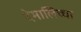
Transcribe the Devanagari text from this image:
देमालिच्चा